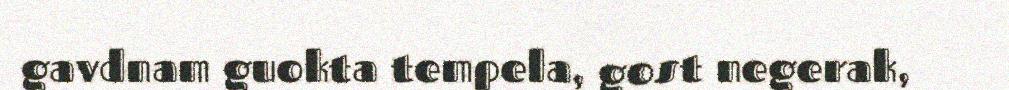
gavdnam guokta tempela, gost negerak,